Report of the Indian Hemp Drugs Commission, 1894-1895 - Volume IV
Year: 1894
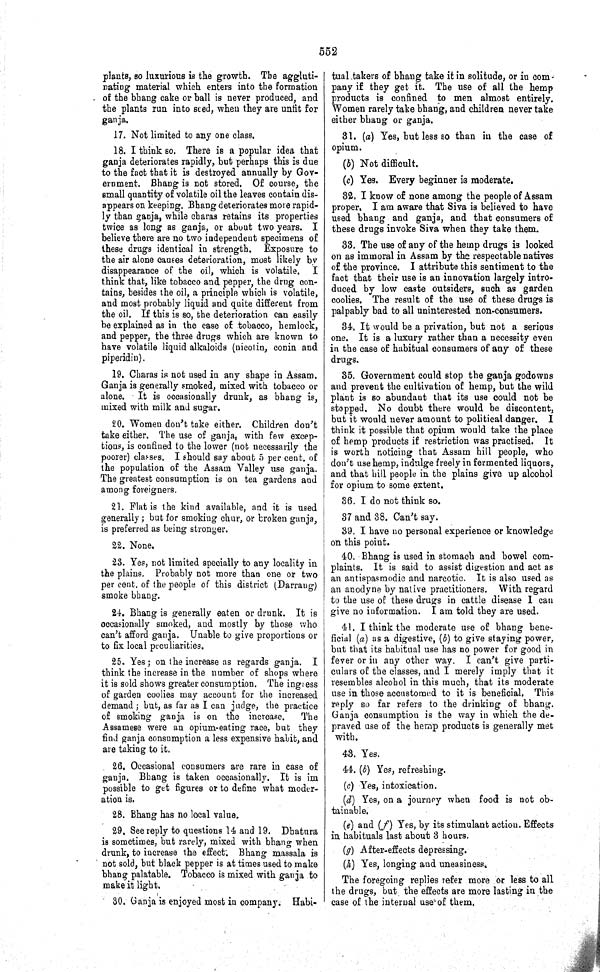
552
plants, so luxurious is the growth. The aggluti-
nating material which enters into the formation
of the bhang cake or ball is never produced, and
the plants run into seed, when they are unfit for
ganja.
17. Not limited to any one class.
18. I think so. There is a popular idea that
ganja deteriorates rapidly, but perhaps this is due
to the fact that it is destroyed annually by Gov-
ernment. Bhang is not stored. Of course, the
small quantity of volatile oil the leaves contain dis-
appears on keeping. Bhang deteriorates more rapid-
ly than ganja, while charas retains its properties
twice as long as ganja, or about two years. I
believe there are no two independent specimens of
these drugs identical in strength. Exposure to
the air alone causes deterioration, most likely by
disappearance of the oil, which is
volatile. I
think that, like tobacco and pepper, the drug con-
tains, besides the oil, a principle which is volatile,
and most probably liquid and quite different from
the oil. If this is so, the deterioration can easily
be explained as in the case of tobacco, hemlock,
and pepper, the three drugs which are known to
have volatile liquid alkaloids (nicotin, conin and
piperidin).
19. Charas is not used in any shape in Assam.
Ganja is generally smoked, mixed with tobacco or
alone. It is occasionally drunk, as bhang is,
mixed with milk and sugar.
20. Women don't take either. Children don't
take either. The use of ganja, with few excep-
tions, is confined to the lower (not necessarily the
poorer) classes. I should say about 5 per cent. of
the population of the Assam Valley use ganja.
The greatest consumption is on tea gardens and
among foreigners.
21. Flat is the kind available, and it is used
generally; but for smoking chur, or broken ganja,
is preferred as being stronger.
22. None.
23. Yes, not limited specially to any locality in
the plains. Probably not more than one or two
per cent. of the people of this district (Darrang)
smoke bhang.
24. Bhang is generally eaten or drunk. It is
occasionally smoked, and mostly by those who
can't afford ganja. Unable to give proportions or
to fix local peculiarities.
25. Yes; on the increase as regards ganja. I
think the increase in the number of shops where
it is sold shows greater consumption. The ing ess
of garden coolies may account for the increased
demand; but, as far as I can judge, the practice
of smoking ganja is on the increase.
The
Assamese were an opium-eating race, but they
find ganja consumption a less expensive habit, and
are taking to it.
26. Occasional consumers are rare in case of
ganja. Bhang is taken occasionally. It is im-
possible to get figures or to define what moder-
ation is.
28. Bhang has no local value.
29. See reply to questions 14 and 19. Dhatura
is sometimes, but rarely, mixed with bhang when
drunk, to increase the effect. Bhang massala is
not sold, but black pepper is at times used to make
bhang palatable. Tobacco is mixed with ganja to
make it light.
30. Ganja is enjoyed most in company. Habi-
tual takers of bhang take it in solitude, or in com-
pany if they get it. The use of all the hemp
products is confined to men almost entirely.
Women rarely take bhang, and children never take
either bhang or ganja.
31. (a) Yes, but less so than in the case of
opium.
(b) Not difficult.
(c) Yes. Every beginner is moderate.
32. I know of none among the people of Assam
proper. I am aware that Siva is believed to have
used bhang and ganja, and that consumers of
these drugs invoke Siva when they take them.
33. The use of any of the hemp drugs is looked
on as immoral in Assam by the respectable natives
of the province. I attribute this sentiment to the
fact that their use is an innovation largely intro-
duced by low caste outsiders, such as garden
coolies. The result of the use of these drugs is
palpably bad to all uninterested non-consumers.
34. It would be a privation, but not a serious
one. It is a luxury rather than a necessity even
in the case of habitual consumers of any of these
drugs.
35. Government could stop the ganja godowns
and prevent the cultivation of hemp, but the wild
plant is so abundant that its use could not be
stopped. No doubt there would be discontent,
but it would never amount to political danger. I
think it possible that opium would take the place
of hemp products if restriction was practised. It
is worth noticing that Assam hill people, who
don't use hemp, indulge freely in fermented liquors,
and that hill people in the plains give up alcohol
for opium to some extent.
36. I do not think so.
37 and 38. Can't say.
39. I have no personal experience or knowledge
on this point.
40. Bhang is used in stomach and bowel com-
plaints. It is said to assist digestion and act as
an antispasmodic and narcotic. It is also used as
an anodyne by native practitioners. With regard
to the use of these drugs in cattle disease I can
give no information. I am told they are used.
41. I think the moderate use of bhang bene-
ficial (a) as a digestive, (b) to give staying power,
but that its habitual use has no power for good in
fever or in any other way. I can't give parti-
culars of the classes, and I merely imply that it
resembles alcohol in this much, that its moderate
use in those accustomed to it is beneficial. This
reply so far refers to the drinking of bhang.
Ganja consumption is the way in which the de-
praved use of the hemp products is generally met
with.
43. Yes.
44. (b) Yes, refreshing.
(c) Yes, intoxication.
(d) Yes, on a journey when food is not ob-
tainable.
(e) and (f) Yes, by its stimulant action. Effects
in habituals last about 3 hours.
(g) After-effects depressing.
(h) Yes, longing and uneasiness.
The foregoing replies refer more or less to all
the drugs, but the effects are more lasting in the
case of the internal use of them.